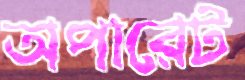
অপারেট